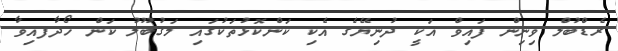
ރެޑްބުލް ވިނިން ފައިވް އަކީ ދުނިޔޭގެ އެކި ކަންކޮޅުތަކުގައި މަގުބޫލު ކަން ހޯދާފއިވާ